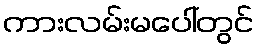
ကားလမ်းမပေါ်တွင်